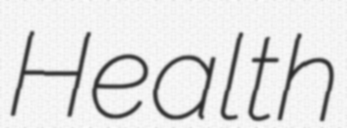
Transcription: Health